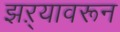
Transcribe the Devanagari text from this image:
झऱ्यावरून